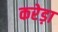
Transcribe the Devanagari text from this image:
करेड़ा